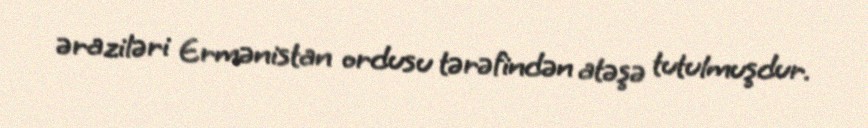
əraziləri Ermənistan ordusu tərəfindən atəşə tutulmuşdur.